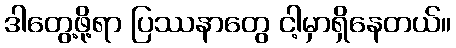
ဒါတွေ့ဖို့ရာ ပြဿနာတွေ ငါ့မှာရှိနေတယ်။